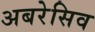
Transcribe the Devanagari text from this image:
अबरेसिव